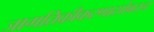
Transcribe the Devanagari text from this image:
जागतिकीकरणासोबतच